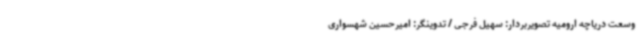
وسعت دریاچه ارومیه تصویربردار: سهیل فرجی / تدوینگر: امیرحسین شهسواری